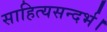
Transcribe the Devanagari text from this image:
साहित्यसन्दर्भ।